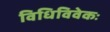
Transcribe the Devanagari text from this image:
विधिविवेकः